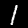
Label: 1